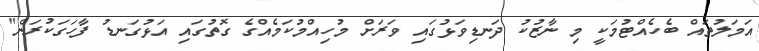
އަމަލުތައް ބެހެއްޓުމަކީ މި ނާޒުކު ދަނޑިވަޅުގައި ވަރަށް މުހިއްމުކަމެއްގެ ގޮތުގައި އަޅުގަނޑު ފާހަގަކުރަން"